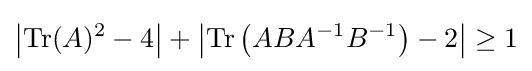
\left|\operatorname {Tr} (A)^{2}-4\right|+\left|\operatorname {Tr} \left(ABA^{-1}B^{-1}\right)-2\right|\geq 1